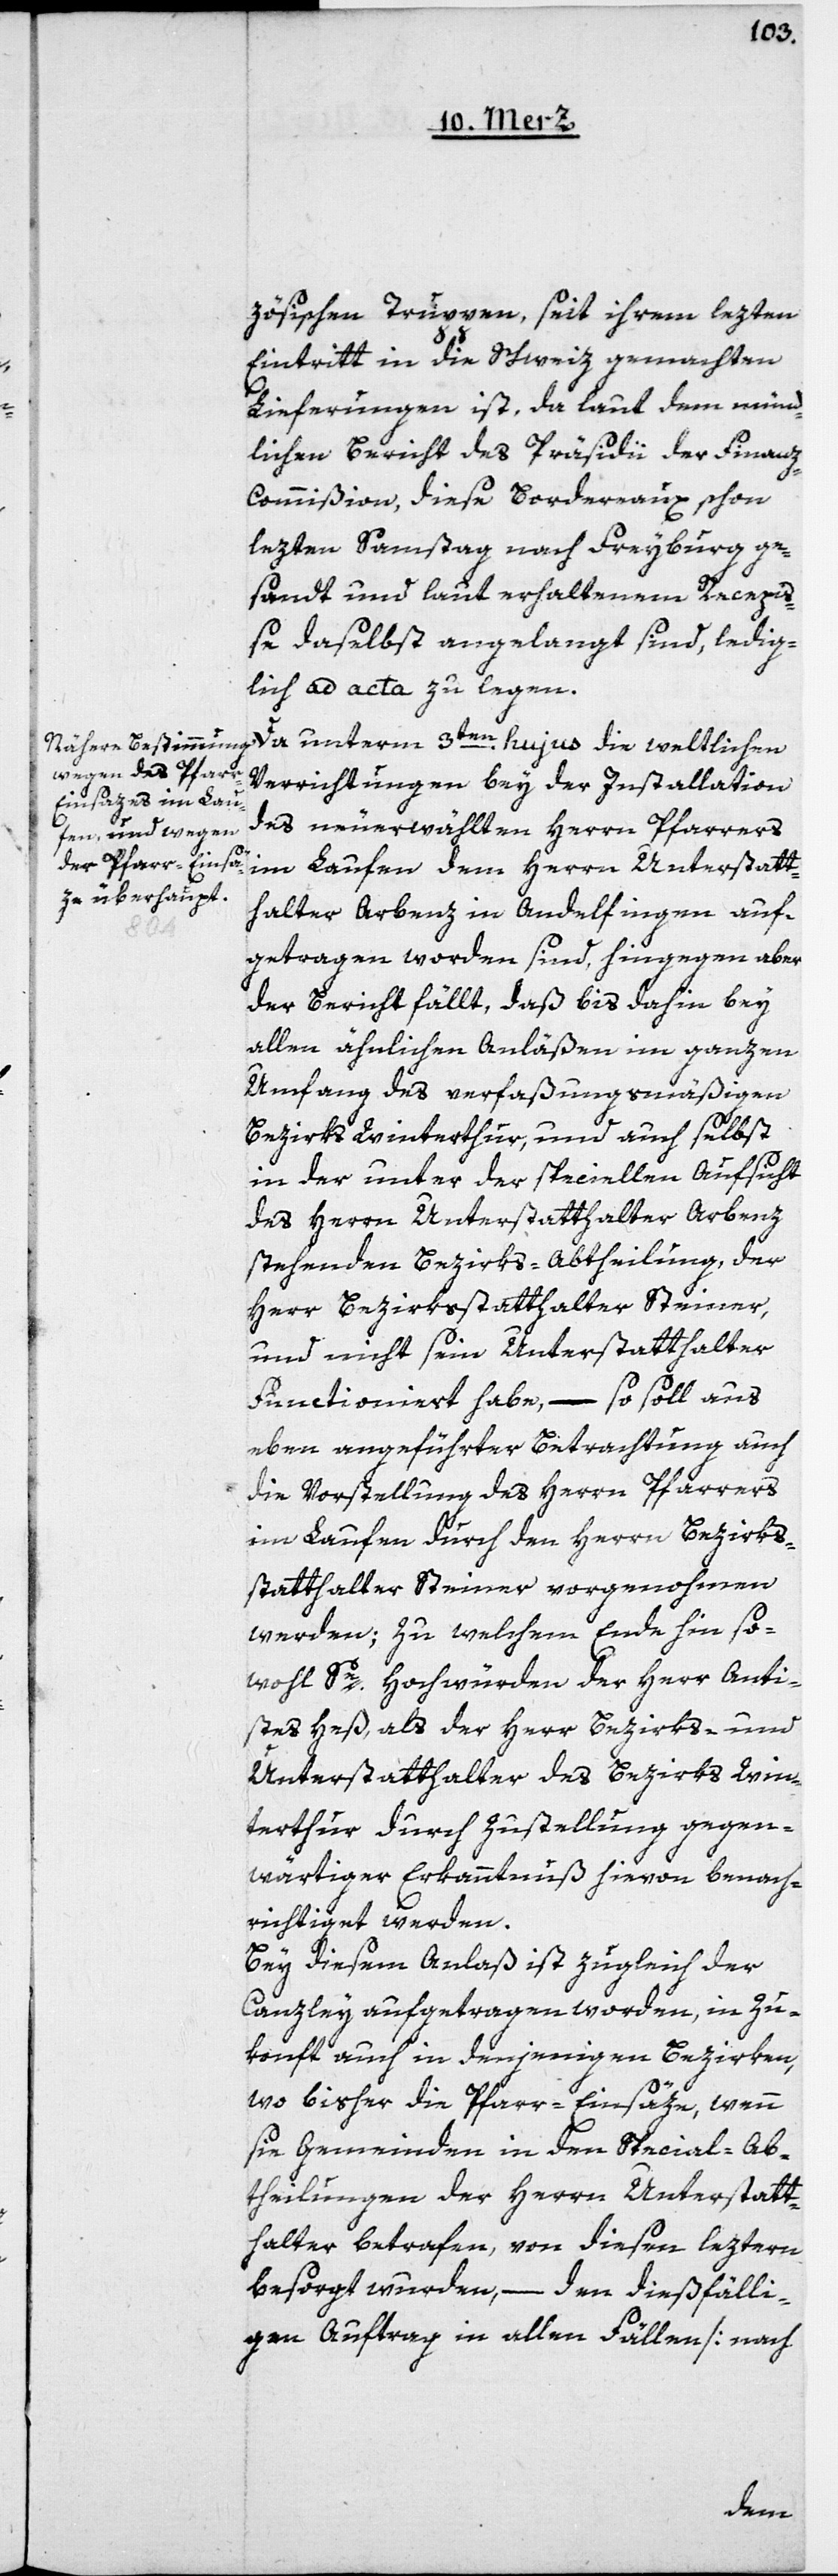
zösischen Truppen, seit ihrem lezten
Eintritt in die Schweiz gemachten
Lieferungen ist, da laut dem münd¬
lichen Bericht des Präsidii der Finan¬
z-Commißion, diese Bordereaux schon
lezten Samstag nach Freyburg ge¬
sandt und laut erhaltenem Recepi¬
ße daselbst angelangt sind, ledig¬
lich ad acta zu legen.
Da unterm 3ten hujus die weltlichen
Verrichtungen bey der Installation
des neuerwählten Herrn Pfarrers
im Laufen dem Herrn Unterstatt¬
halter Arbenz in Andelfingen auf¬
getragen worden sind, hingegen aber
der Bericht fällt, daß bis dahin bei
allen ähnlichen Anläßen im ganzen
Umfang des verfaßungsmäßigen
Bezirks Winterthur, und auch selbst
in der, unter der speciellen Aufsicht
des Herrn Unterstatthalter Arbenz
stehenden Bezirks-Abtheilung, der
Herr Bezirksstatthalter Steiner,
und nicht sein Unterstatthalter
functioniert habe, – so soll aus
eben angeführter Betrachthung auch
die Vorstellung des Herrn Pfarrers
im Laufen durch den Herrn Bezirks¬
statthalter Steiner vorgenohmen
werden; zu welchem Ende hin so¬
wohl Se. Hochwürden der Herr Anti¬
stes Heß, als der Herr Bezirks- und
Unterstatthalter des Bezirks Win¬
terthur durch Zustellung gegen¬
wärtiger Erkanntnuß hievon benach¬
richtiget werden.
Bey diesem Anlaß ist zugleich der
Canzley aufgetragen worden, in Zu¬
konft auch in denjenigen Bezirken,
wo bisher die Pfarr-Einsäze, wenn
sie Gemeinden in den Special-Ab¬
theilungen der Herrn Unterstatt¬
halter betrafen, von diesen leztern
besorgt wurden, – den dießfälli¬
gen Auftrag in allen Fällen [nach